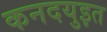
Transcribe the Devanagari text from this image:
कनदयुइत